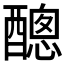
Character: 𨢨